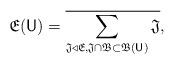
\begin{align*}\mathfrak E(\mathsf{U}) = \overline{\sum_{\mathfrak J \triangleleft \mathfrak E, \mathfrak J \cap \mathfrak B \subset \mathfrak B(\mathsf U)} \mathfrak J}, \end{align*}